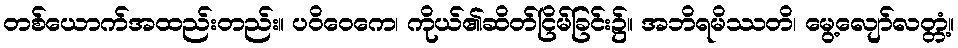
တစ်ယောက်အထည်းတည်း။ ပဝိဝေကေ၊ ကိုယ်၏ဆိတ်ငြိမ်ခြင်း၌။ အဘိရမိဿတိ၊ မွေ့လျော်လတ္တံ့။